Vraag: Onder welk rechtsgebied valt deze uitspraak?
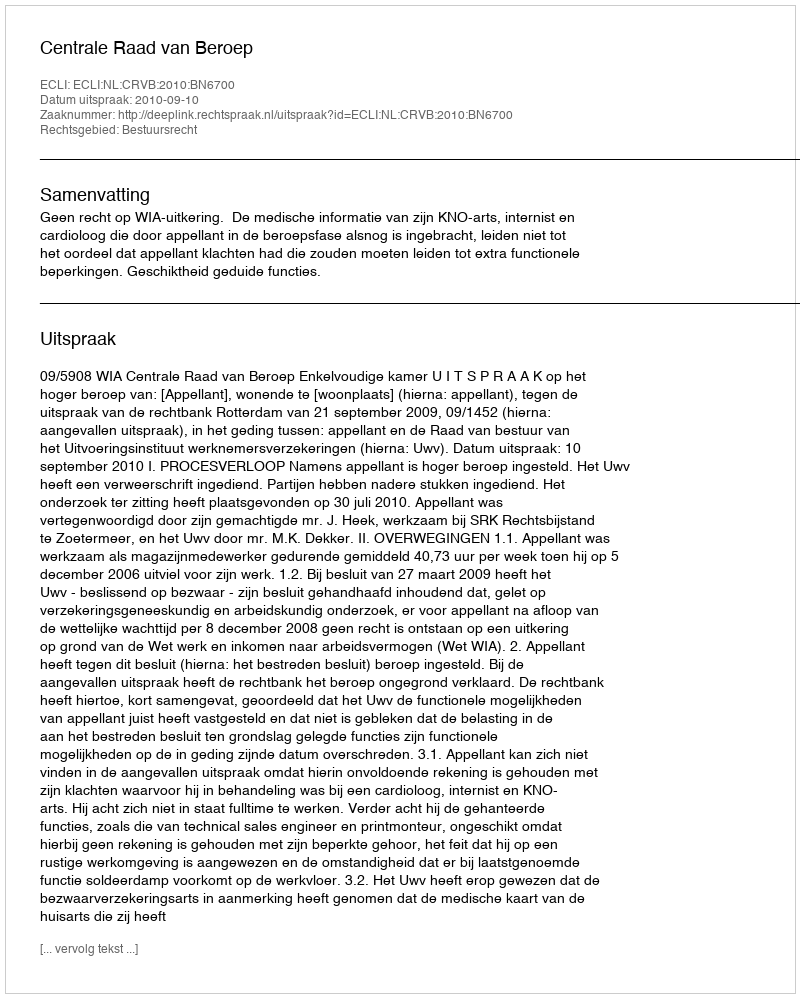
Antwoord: Bestuursrecht